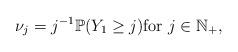
LaTeX: \begin{align*}\nu_j = j^{-1} \mathbb{P}(Y_1 \ge j) \mbox{for}~j \in \mathbb{N}_{+},\end{align*}